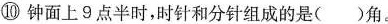
⑩ 钟面上9点半时，时针和分针组成的是()角。